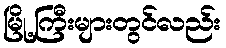
မြို့ကြီးများတွင်လည်း